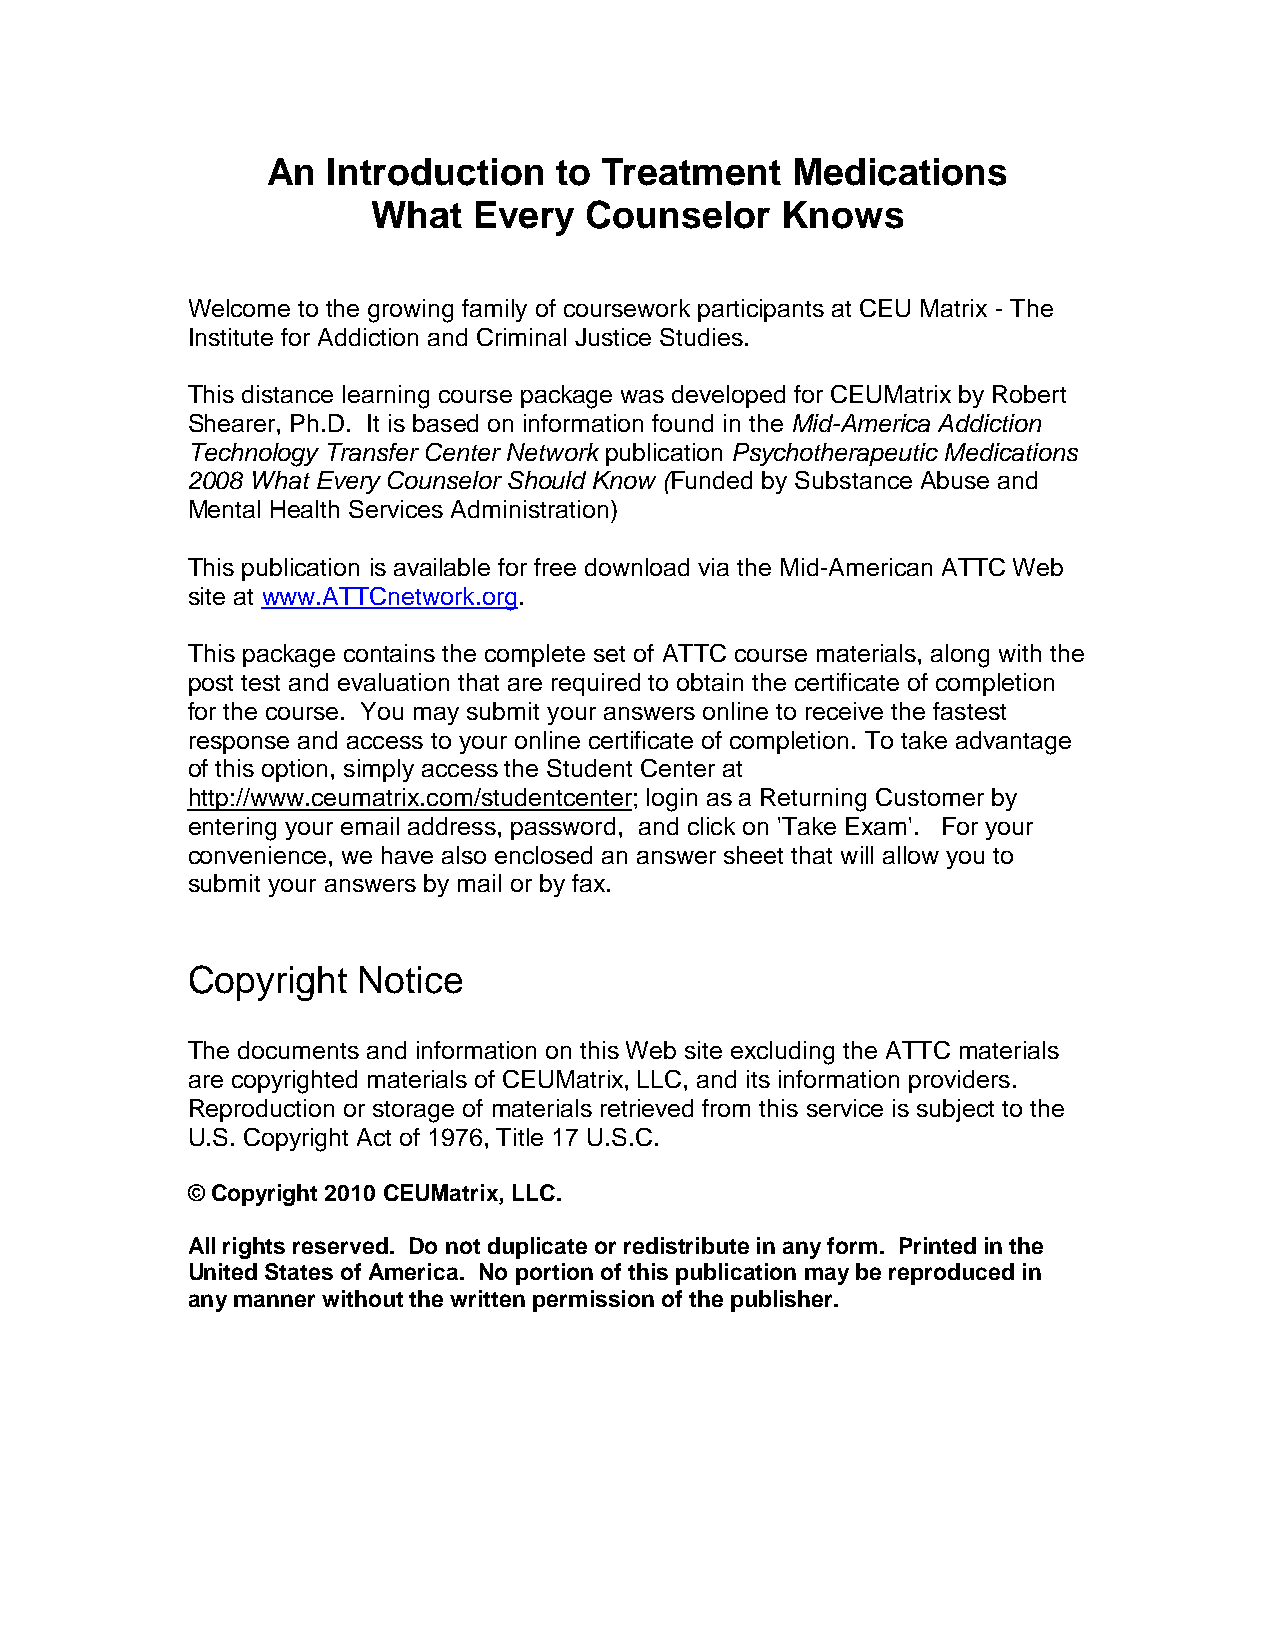
An  Introduction   to Treatment   Medications
 What  Every   Counselor    Knows
 Welcome to the growing family of coursework participants at CEU Matrix - The
 Institute for Addiction and Criminal Justice Studies.
 This distance learning course package was developed for CEUMatrix by Robert
 Shearer, Ph.D. It is based on information found in the Mid-America Addiction
 Technology Transfer Center Network publication Psychotherapeutic Medications
 2008 What Every Counselor Should Know (Funded by Substance Abuse and
 Mental Health Services Administration)
 This publication is available for free download via the Mid-American ATTC Web
 site at www.ATTCnetwork.org.
 This package contains the complete set of ATTC course materials, along with the
 post test and evaluation that are required to obtain the certificate of completion
 for the course. You may submit your answers online to receive the fastest
 response and access to your online certificate of completion. To take advantage
 of this option, simply access the Student Center at
 http://www.ceumatrix.com/studentcenter; login as a Returning Customer by
 entering your email address, password, and click on 'Take Exam'. For your
 convenience, we have also enclosed an answer sheet that will allow you to
 submit your answers by mail or by fax.
 Copyright   Notice
 The documents and information on this Web site excluding the ATTC materials
 are copyrighted materials of CEUMatrix, LLC, and its information providers.
 Reproduction or storage of materials retrieved from this service is subject to the
 U.S. Copyright Act of 1976, Title 17 U.S.C.
 © Copyright 2010 CEUMatrix, LLC.
 All rights reserved. Do not duplicate or redistribute in any form. Printed in the
 United States of America. No portion of this publication may be reproduced in
 any manner without the written permission of the publisher.